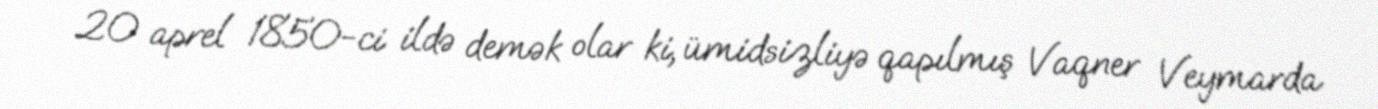
20 aprel 1850-ci ildə demək olar ki, ümidsizliyə qapılmış Vaqner Veymarda